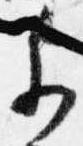
参